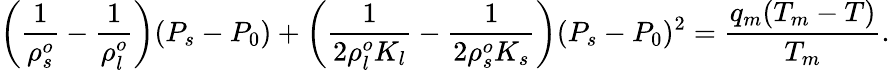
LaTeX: \left(\frac{1}{\rho_{s}^{o}}-\frac{1}{\rho_{l}^{o}}\right)(P_{s}-P_{0})+\left(\frac{1}{2\rho_{l}^{o}K_{l}}-\frac{1}{2\rho_{s}^{o}K_{s}}\right)(P_{s}-P_{0})^{2}=\frac{q_{m}(T_{m}-T)}{T_{m}}.